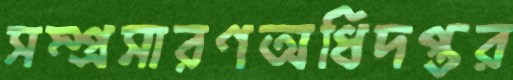
সম্প্রসারণঅধিদপ্তর